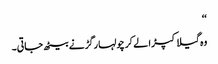
‘‘
وہ گیلا کپڑا لے کر چولہا رگڑنے بیٹھ جاتی۔